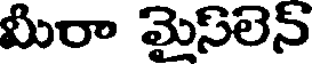
మీరా మైస్లెన్